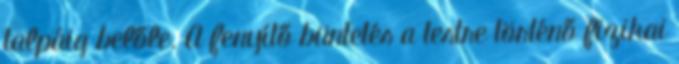
talpáig belőle. A fenyítő büntetés a testre történő fizikai